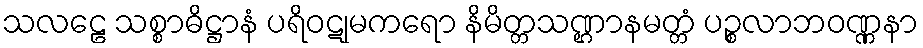
သလဠေ သစ္စာဓိဋ္ဌာနံ ပရိဝဋုမကရော နိမိတ္တသဏ္ဌာနမတ္တံ ပဉ္စလာဘဝဏ္ဏနာ